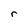
Character: r